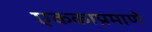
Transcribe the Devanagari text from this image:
एककाप्रमाणे